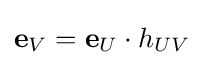
{\mathbf {e} }_{V}={\mathbf {e} }_{U}\cdot h_{UV}